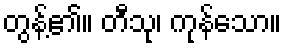
တွန့်၏။ တီသု၊ ကုန်သော။